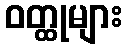
ဝတ္ထုများ